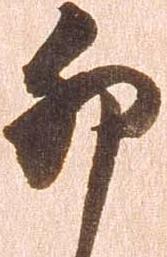
卯